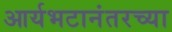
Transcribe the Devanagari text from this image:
आर्यभटानंतरच्या